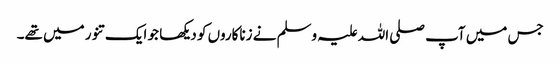
جس میں آپ صلی اللہ علیہ وسلم نے زناکاروں کو دیکھا جو ایک تنور میں تھے۔